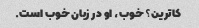
کاترین؟ خوب، او در زبان خوب است.